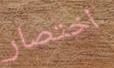
اختصار